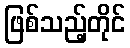
ဖြစ်သည့်တိုင်